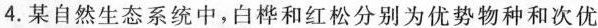
4.某自然生态系统中，白桦和红松分别为优势物种和次优